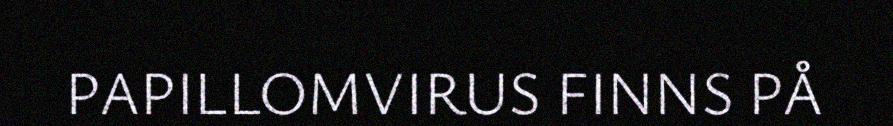
PAPILLOMVIRUS FINNS PÅ